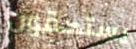
يستحقون